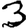
Digit: 3